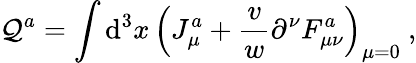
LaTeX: \mathcal{Q}^{a}=\int\mathrm{d}^{3}x\, \Bigl(J_{\mu}^{a}+{\frac{{v}}{{w}}}\partial^{\nu}F_{\mu\nu}^{a}\Bigr)_{\mu=0}\ ,